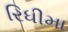
રિધીમા